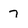
Character: 7